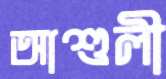
আশুলী